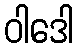
ဝါဒေါ